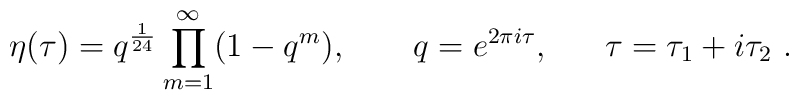
\eta(\tau) = q^{1\over 24} \prod_{m=1}^{\infty} (1-q^m),~~~~~~  q=e^{2\pi i\tau},~~~~~\tau =\tau_1 +i \tau_2\ .